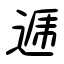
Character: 逓